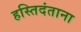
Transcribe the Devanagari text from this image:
हस्तिदंताना